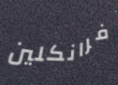
فرانكلين